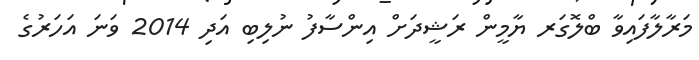
މަރާލާފައިވާ ބްލޮގަރ ޔާމީން ރަޝީދަށް އިންސާފު ނުލިބި އަދި 2014 ވަނަ އަހަރުގެ